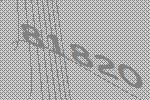
81820